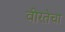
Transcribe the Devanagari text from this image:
वीरतेचा